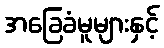
အခြေခံမူများနှင့်